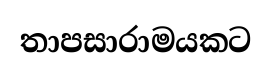
තාපසාරාමයකට